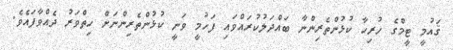
ޤައުމީ ޓީމްގެ ހުރިހާ ކުޅުންތެރިންނާ ބައްދަލުކުރައްވައި ފަހުމީ ވަނީ ކުޅުންތެރިންނަށް ހިތްވަރު ދެއްވާފައެވެ.